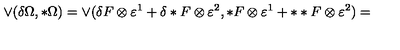
\vee ( \delta \Omega , * \Omega ) = \vee ( \delta F \otimes \varepsilon ^ { 1 } + \delta * F \otimes \varepsilon ^ { 2 } , * F \otimes \varepsilon ^ { 1 } + * * F \otimes \varepsilon ^ { 2 } ) =